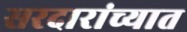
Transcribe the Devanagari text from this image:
सरदारांच्यात